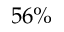
5 6 \%